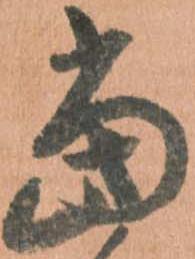
当